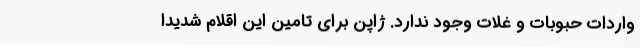
واردات حبوبات و غلات وجود ندارد. ژاپن برای تامین این اقلام شدیدا